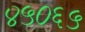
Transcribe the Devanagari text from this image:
४५०६५